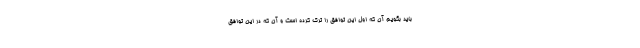
باید بگویم آن که اول این توافق را ترک کرده است و آن که در این توافق